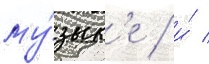
му́зык'е / и́ /